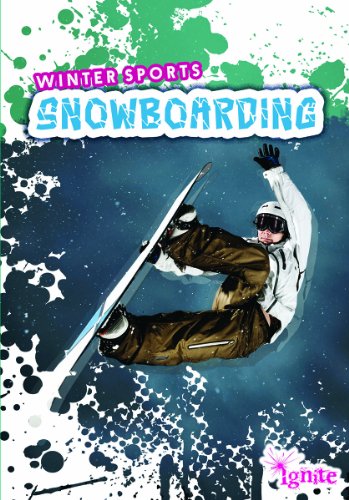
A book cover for Snowboarding (Winter Sports); Paul Mason; Sports & Outdoors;